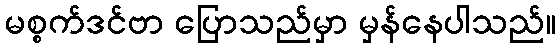
မစ္စက်ဒင်ဗာ ပြောသည်မှာ မှန်နေပါသည်။